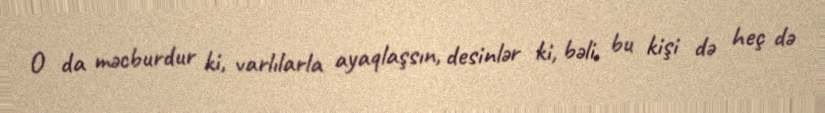
O da məcburdur ki, varlılarla ayaqlaşsın, desinlər ki, bəli, bu kişi də heç də